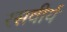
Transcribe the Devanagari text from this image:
रसवीर्य